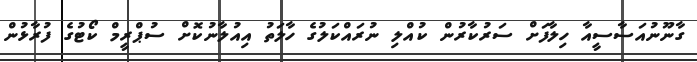
ގާނޫނުއަސާސީއާ ހިލާފަށް ސަރުކާރުން ކުއްލި ނުރައްކަލުގެ ހާލަތު އިއުލާނުކޮށް ސުޕްރީމް ކޯޓުގެ ފުރާޅުން